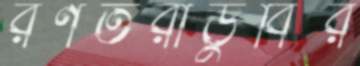
রণতরীডুবির